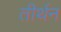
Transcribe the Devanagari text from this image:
तीर्थन